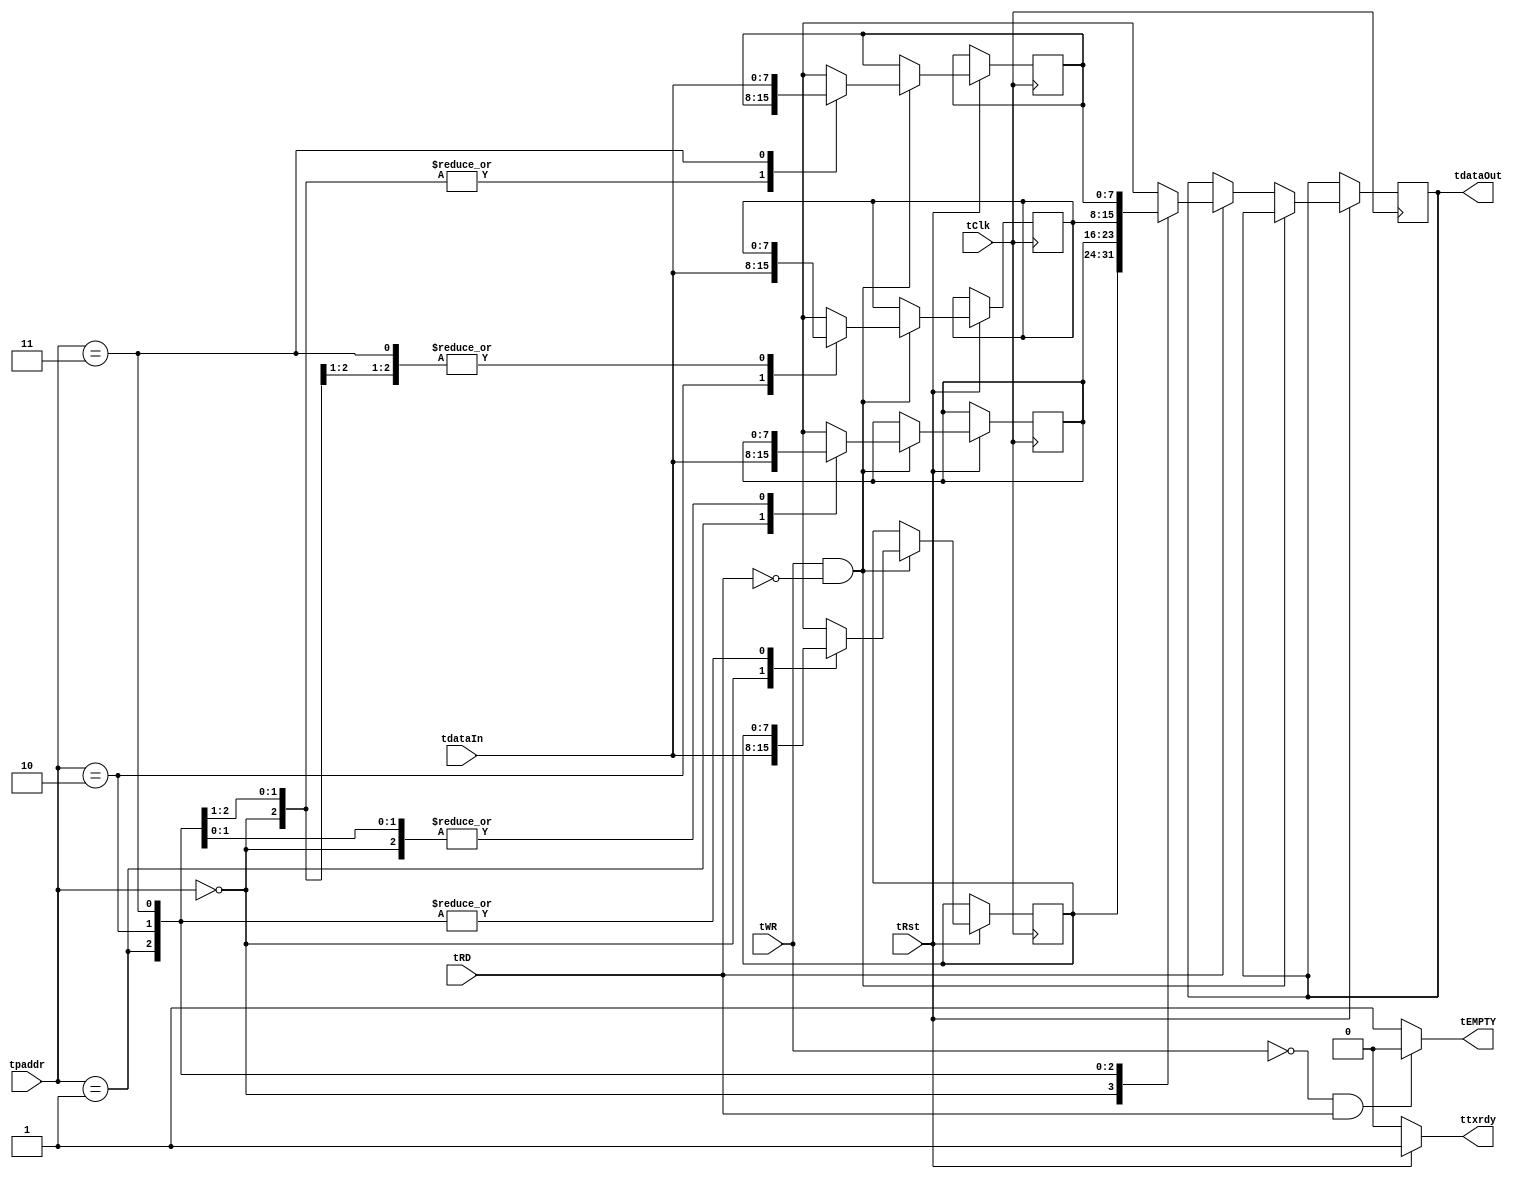
`timescale 1ns / 1ps
//////////////////////////////////////////////////////////////////////////////////
// Company: 
// Engineer: 
// 
// Design Name: 
// Module Name:    buffer_t 
// Project Name: 
// Target Devices: 
// Tool versions: 
// Description: 
//
// Dependencies: 
//
// Revision: 
// Revision 0.01 - File Created
// Additional Comments: 
//
//////////////////////////////////////////////////////////////////////////////////
`timescale 1ns/1ps
`define BITWIDTH 8
module buffer_t( tClk, tdataIn,tRD, tWR, tpaddr, tdataOut,tRst,tEMPTY,ttxrdy); 

 input  tClk,tRD,tWR,tRst;
 input [1:0]tpaddr;
 output  tEMPTY,ttxrdy; 
 input [`BITWIDTH-1:0]tdataIn;
 output reg[`BITWIDTH-1:0] tdataOut;   

 assign tEMPTY = (!tWR && tRD)? 1'b0:1'b1; //buffer empty
 assign ttxrdy = (!tRst)? 1'b0:1'b1; //data buffer status
 
 reg[`BITWIDTH-1:0]mem[3:0];

always @(posedge tClk)
begin
if(tRst)begin
  if(tWR && !tRD)begin 
   mem[tpaddr]=tdataIn;       //write to buffer
   
  end
else if(tRD)begin
 tdataOut=mem[tpaddr];      //Read from buffer
 
end
else;
end
end

endmodule